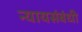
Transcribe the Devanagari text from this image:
न्यायसंबंधी